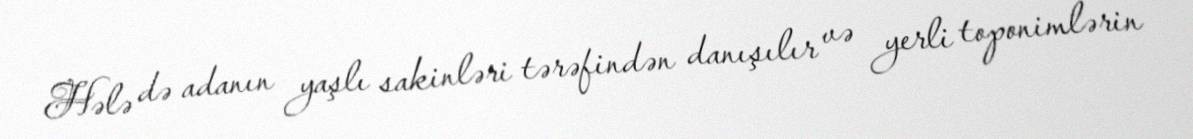
Hələ də adanın yaşlı sakinləri tərəfindən danışılır və yerli toponimlərin